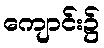
ကျောင်း၌